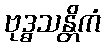
ဗုဒ္ဓသန္တိကံ